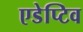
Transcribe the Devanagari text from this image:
एडेप्टिव